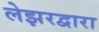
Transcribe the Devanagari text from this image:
लेझरद्वारा